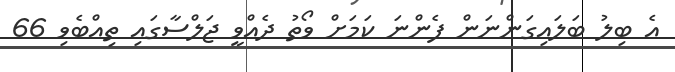
އެ ބިލު ބަލައިގަންނަން ފެންނަ ކަމަށް ވޯތު ދެއްވީ ޖަލްސާގައި ތިއްބެވި 66